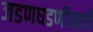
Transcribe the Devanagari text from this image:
जडणघडणीसाठी